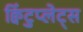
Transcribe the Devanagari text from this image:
क्विंटुप्लेट्स